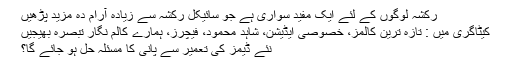
رکشہ لوگوں کے لئے ایک مفید سواری ہے جو سائیکل رکشہ سے زیادہ آرام دہ مزید پڑھیں
کیٹاگری میں : تازہ ترین کالمز، خصوصی ایڈیشن، شاہد محمود، فیچرز، ہمارے کالم نگار تبصرہ بھیجیں
نئے ڈیمز کی تعمیر سے پانی کا مسئلہ حل ہو جائے گا؟